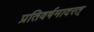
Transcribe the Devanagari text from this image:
प्रतिवर्षमादरत्